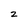
Character: 2